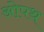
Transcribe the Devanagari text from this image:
ओपथ